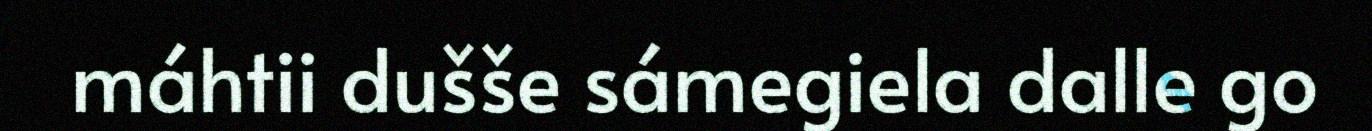
máhtii dušše sámegiela dalle go